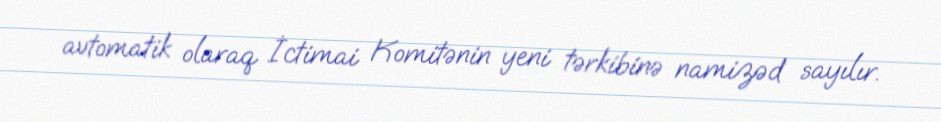
avtomatik olaraq İctimai Komitənin yeni tərkibinə namizəd sayılır.